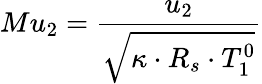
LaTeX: Mu_{2}=\frac{u_{2}}{\sqrt{\kappa\cdot R_{s}\cdot T_{1}^{0}}}